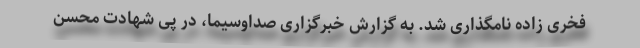
فخری زاده نامگذاری شد. به گزارش خبرگزاری صداوسیما، در پی شهادت محسن